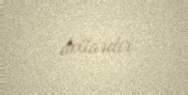
dollardır.